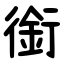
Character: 銜